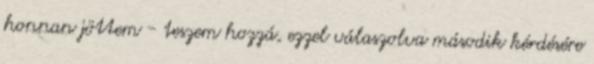
honnan jöttem - teszem hozzá, ezzel válaszolva második kérdésére